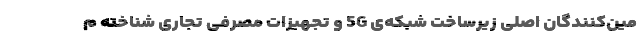
مین‌کنندگان اصلی زیرساخت شبکه‌ی 5G و تجهیزات مصرفی تجاری شناخته م